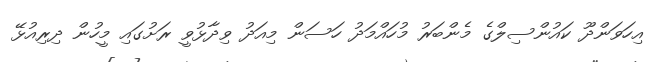
އިހަވަންދޫ ކައުންސިލްގެ މެންބަރު މުހައްމަދު ހަސަން މިއަދު ވިދާޅުވީ ރަށުގައި މީހުން ދިރިއުޅޭ